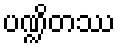
ပဏ္ဍိတဿ